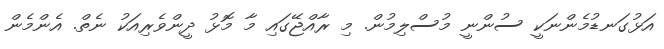
އަޅުގަނޑުމެންނަކީ ސުންނީ މުސްލިމުން. މި ރާއްޖޭގައި މާ މޮޅު ދީންވެރިއަކު ނެތް. އެންމެން